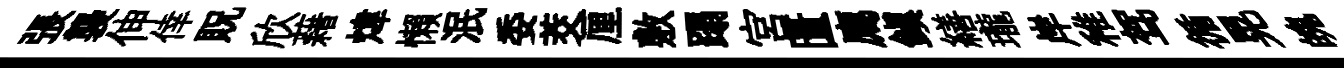
張襲伸倖貺欣藉煒懶泯委茭厘敷蹋宫匱廌鎮繕瓏岸稚驾循晃魄